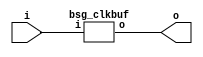
// This program was cloned from: https://github.com/chipsalliance/synlig
// License: Apache License 2.0



module top
(
  i,
  o
);

  input [15:0] i;
  output [15:0] o;

  bsg_clkbuf
  wrapper
  (
    .i(i),
    .o(o)
  );


endmodule



module bsg_clkbuf
(
  i,
  o
);

  input [15:0] i;
  output [15:0] o;
  wire [15:0] o;
  assign o[15] = i[15];
  assign o[14] = i[14];
  assign o[13] = i[13];
  assign o[12] = i[12];
  assign o[11] = i[11];
  assign o[10] = i[10];
  assign o[9] = i[9];
  assign o[8] = i[8];
  assign o[7] = i[7];
  assign o[6] = i[6];
  assign o[5] = i[5];
  assign o[4] = i[4];
  assign o[3] = i[3];
  assign o[2] = i[2];
  assign o[1] = i[1];
  assign o[0] = i[0];

endmodule